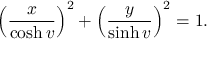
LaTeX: \left( \frac x { \cosh v } \right) ^ { 2 } + \left( \frac y { \sinh v } \right) ^ { 2 } = 1 .